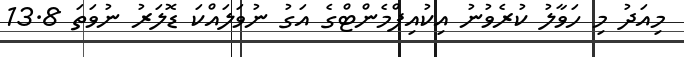
މިއަދު މި ހަވާލު ކުރެވުނު އިކުއިޕްމެންޓްގެ އަގު ނުވަލައްކަ ޑޮލަރު ނުވަތަ 13.8